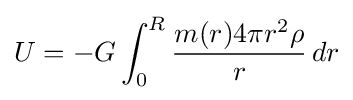
U=-G\int _{0}^{R}{\frac {m(r)4\pi r^{2}\rho }{r}}\,dr